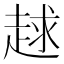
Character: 𧻱